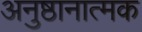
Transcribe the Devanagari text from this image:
अनुष्ठानात्मक